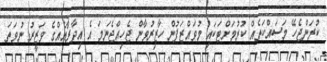
ކުރަންޖެހޭ މަސައްކަތެއް ކުރުމަށްޓަކައި މުވައްޒަފުން ހާޒިރުވާން ޖެހިއްޖެނަމަ އެ އިދާރާއެއްގެ ވަޒީރު ނުވަތަ